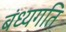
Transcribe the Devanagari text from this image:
बंध्यगति